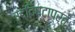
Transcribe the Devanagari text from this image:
उद्दिष्टाप्रत